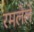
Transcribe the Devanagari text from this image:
रमलेले